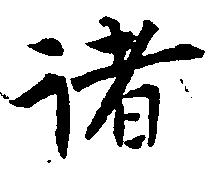
諸